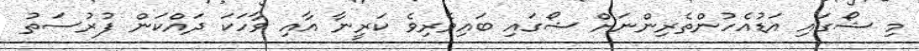
މި ޝޯގައި އަޑުއެހުންތެރިންނަށް ޝޯގައި ބައިވެރިވެ ކަރީނާ އާއި ވާހަކަ ދައްކަން ފުރުސަތު